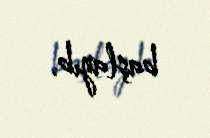
başlayıb.